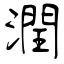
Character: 潤